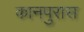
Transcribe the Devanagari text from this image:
कानपुरास